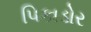
પિકાડોર